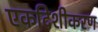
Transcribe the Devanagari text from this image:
एकदिशीकरण